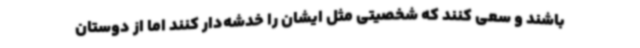
باشند و سعی کنند که شخصیتی مثل ایشان را خدشه‌دار کنند اما از دوستان